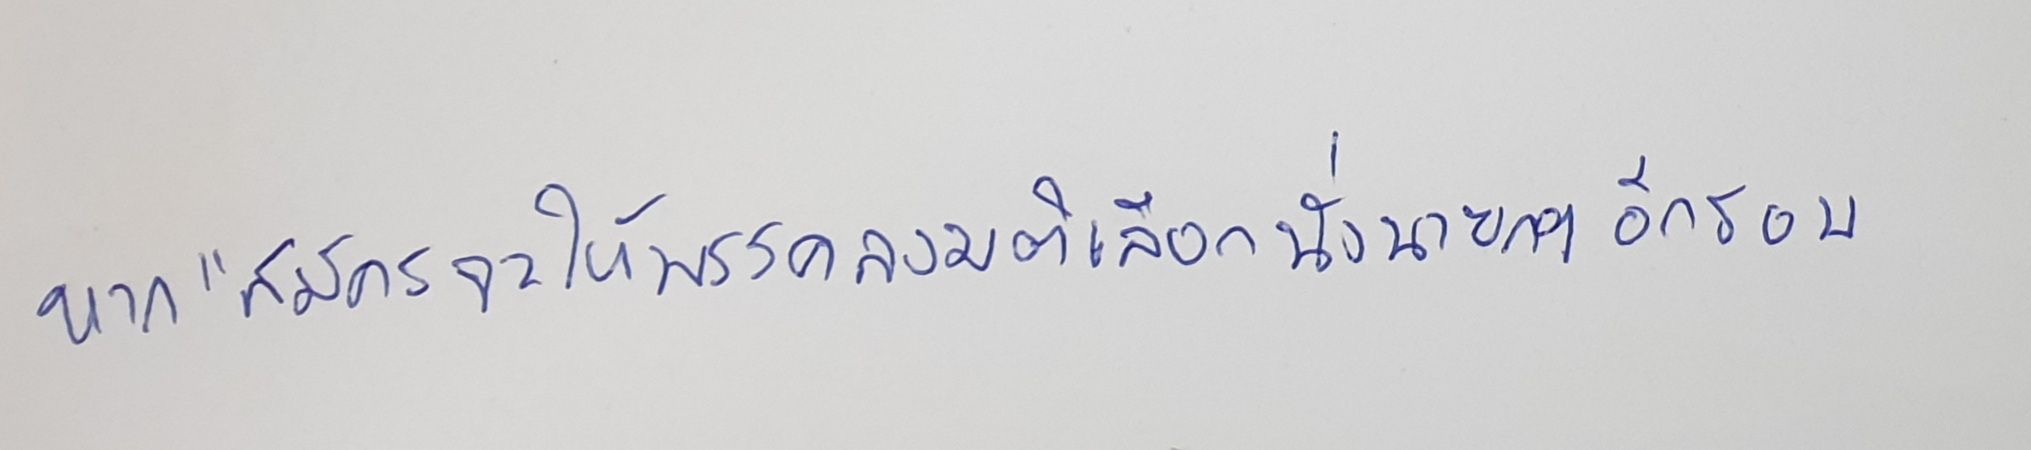
หาก"สมัครจะให้พรรคลงมติเลือกนั่งนายกฯอีกรอบ